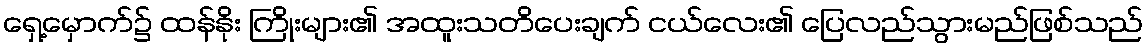
ရှေ့မှောက်၌ ထန်နိုး ကြိုးများ၏ အထူးသတိပေးချက် ငယ်လေး၏ ပြေလည်သွားမည်ဖြစ်သည်